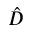
\hat { D }